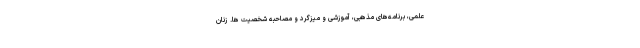
علمی، برنامه‌­های مذهبی، آموزشی و میزگرد و مصاحبه شخصیت­ ها. زنان